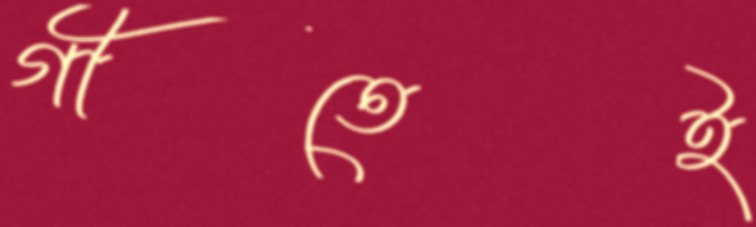
গীতেই